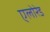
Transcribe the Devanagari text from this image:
एलोरेड